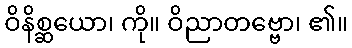
ဝိနိစ္ဆယော၊ ကို။ ဝိညာတဗ္ဗော၊ ၏။